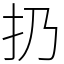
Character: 扔